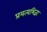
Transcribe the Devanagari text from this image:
प्रयत्यभिज्ञा